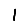
Digit: 1